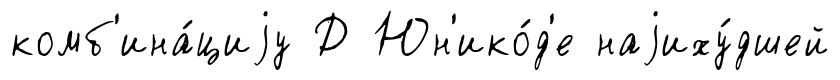
комб'ина́циjу Д Юн'ико́д'е наjиху́дшей